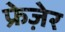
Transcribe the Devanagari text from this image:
फ्रेज़ेर